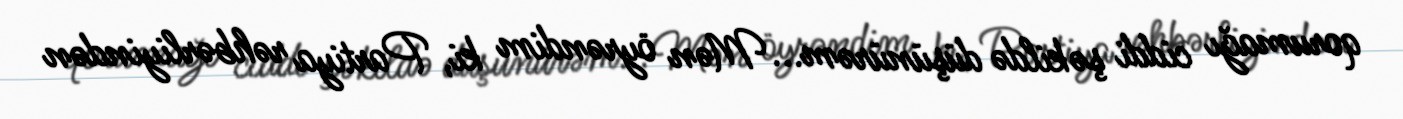
qorumağı ciddi şəkildə düşünürəm... Mən öyrəndim ki, Partiya rəhbərliyindən